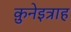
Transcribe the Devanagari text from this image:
क़ुनेइत्राह